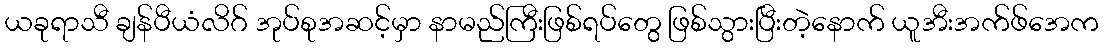
ယခုရာသီ ချန်ပီယံလိဂ် အုပ်စုအဆင့်မှာ နာမည်ကြီးဖြစ်ရပ်တွေ ဖြစ်သွားပြီးတဲ့နောက် ယူအီးအက်ဖ်အေက